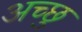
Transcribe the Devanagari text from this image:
अच्छु